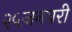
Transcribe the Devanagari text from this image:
२५जनवरी